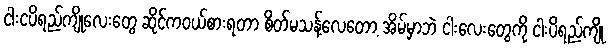
ငါးငပိရည်ကျိုလေးတွေ ဆိုင်ကဝယ်စားရတာ စိတ်မသန့်လေတော့ အိမ်မှာဘဲ ငါးလေးတွေကို ငါးပိရည်ကျို